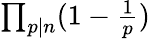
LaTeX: \textstyle\prod_{p\mid n}(1-{\frac{1}{p}})